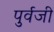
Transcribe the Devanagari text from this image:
पुर्वजी